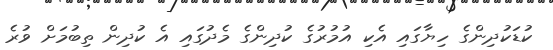
ކުޑަކުދިންގެ ހިޔާގައި އެކި އުމުރުގެ ކުދިންގެ މެދުގައި އެ ކުދިން ތިބުމަށް ވުރެ